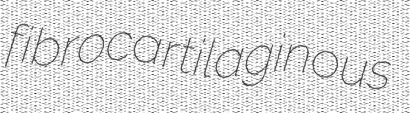
fibrocartilaginous